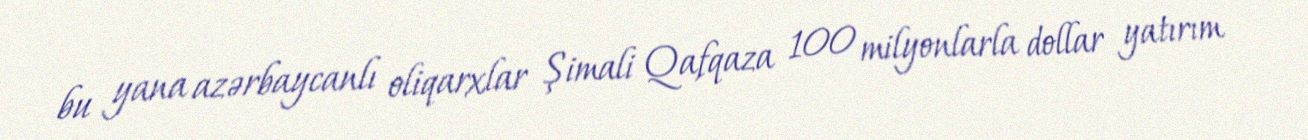
bu yana azərbaycanlı oliqarxlar Şimali Qafqaza 100 milyonlarla dollar yatırım